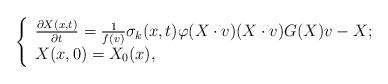
LaTeX: \begin{align*}\left\{\begin{array}{lr}\frac{\partial X(x,t)}{\partial t}=\frac{1}{f(v)}\sigma_{k}(x,t)\varphi(X\cdot v)(X\cdot v)G(X)v-X; \\X(x,0)=X_{0}(x),\end{array}\right.\end{align*}